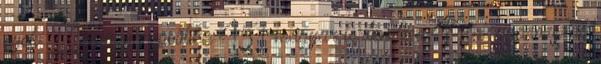
nyelv 13 magyar politika 451 magyar történelem 49 magyarország